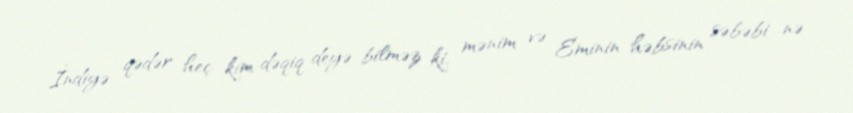
İndiyə qədər heç kim dəqiq deyə bilməz ki, mənim və Eminin həbsinin səbəbi nə